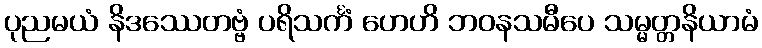
ပုညမယံ နိဒဿေတဗ္ဗံ ပရိသင်္ကံ ဟေဟိ ဘဝနသမီပေ သမ္မတ္တနိယာမံ